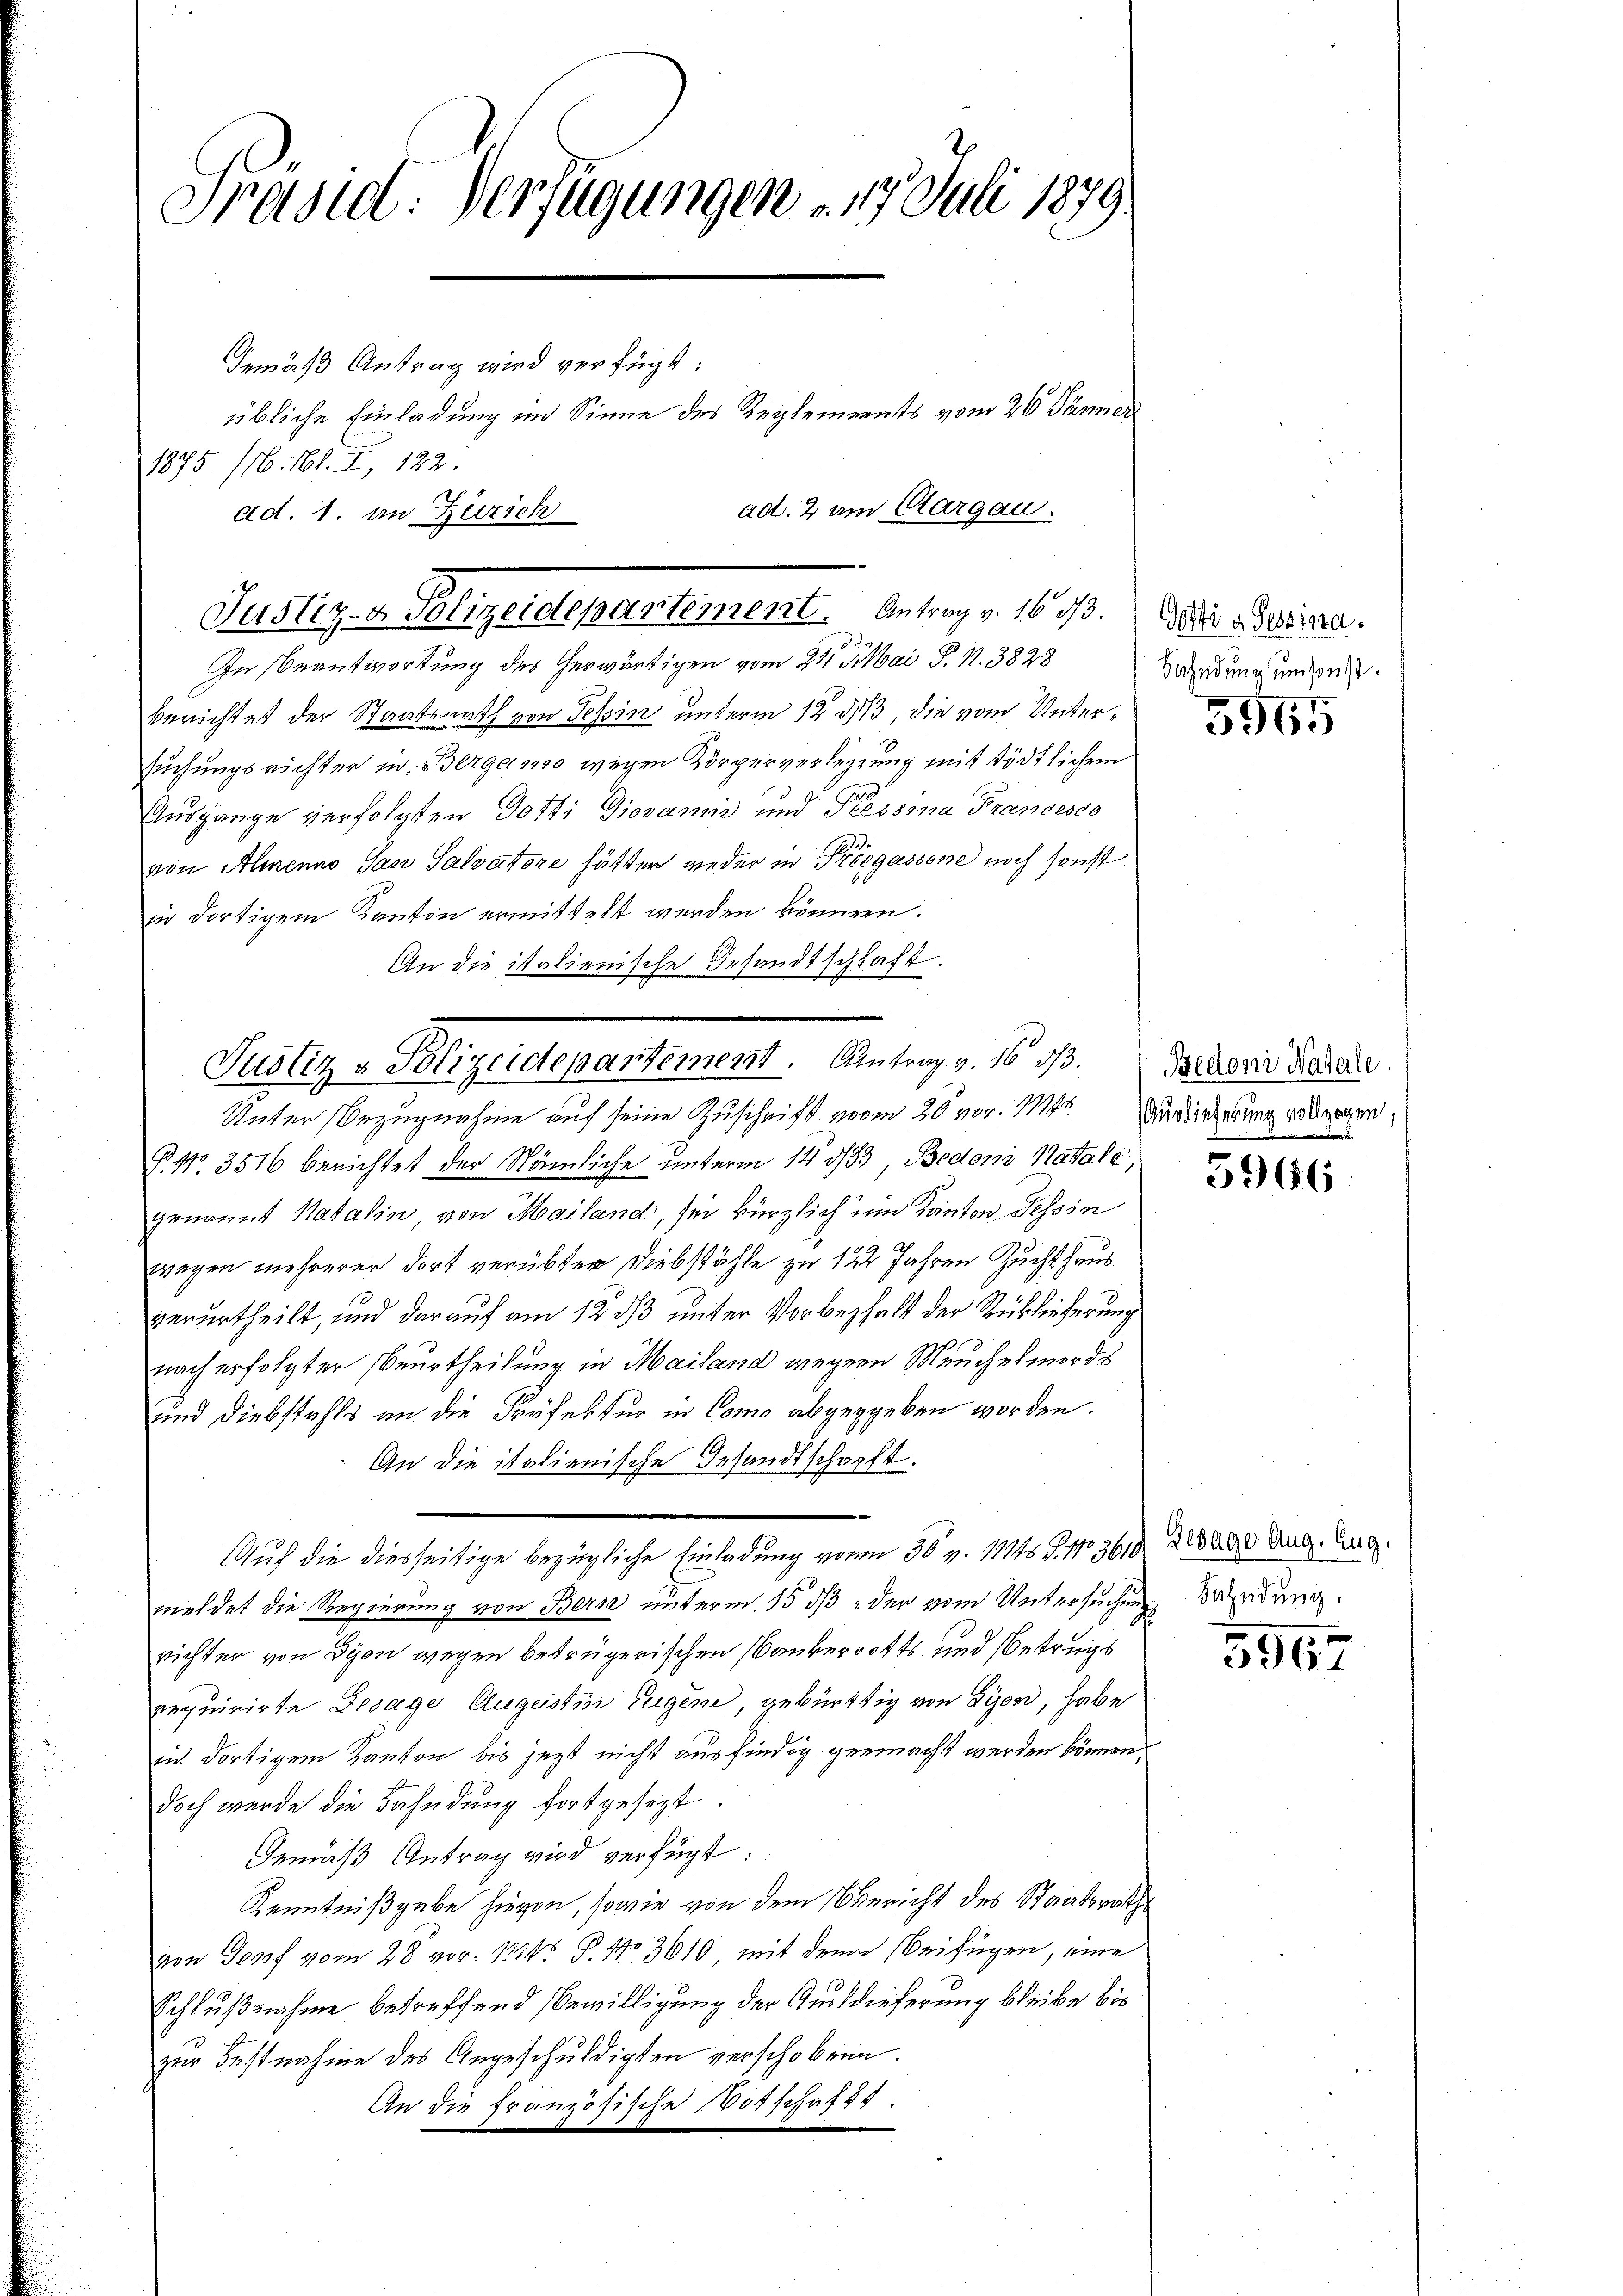
Präsid: Verfügungen – 17. Juli 1879.
Gemäss Antrag wird verfügt:
übliche Einladung im Sinne des Reglements vom 26. Jänner
1875 (16. 161. I, 122.
ad. 2 am Aargau.
ad. 1. an Zürich

berichtet der Staatsrath von Tessin unterm 12. 313, die vom Untersuchungsrichter in Bergamo wegen Körperverletzung mit tödtlichem
Ausgange verfolgten Dotti Giovanis und Plessma Francesco
von Almenno San Salvatore hätter wieder in Kriegassone noch sonst
in dortigem Kanton ermittelt werden können.
An die italienische Gesandtschaft.

Justiz v. Plizeidepartement. Antrag v. 16. 13.
In Beantwortung des Gerwärtigen vom 24. Mai P. N. 3828

Justiz & Polizeidepartement. Antrag v. 16 1/3.

Unter Bezugnahme auf seine Zuschrift vom 20 vor. Mts. Auslieferung dagegen
G. No. 3516 berichtet der Nämliche unterm 14. 433, Bedoni Natale,
genannt Katalin, von Mailand, sei kürzlich um Kanton Tessin
wegen mehrerer dort verübter Diebstähle zu 122 Jahren Zuchthaus
verurtheilt, und darauf am 12 ds unter Vorbehalt der Rücklieferung
nach erfolgter Beurtheilung in Mailand wegen Meuchelmords
und Diebstahls an die Präfektur in Como abgeggeben worden.
An die italienische Gesandtschafft.
meldet die Regierung von Bern unterm 15 dß der vom Untersuchung Wendung.
richter von Dyon wegen betrügerischen Paukerotts und Betrugs
requirirte Gesage Augustin Eugene, gebürtig von Syen, habe
in dortigem Kanton bis jezt nicht ausfindig gemacht werden können,
doch werde die Bahndŭng fortgesezt.
Gemäß Antrag wird verfügt:
Kenntnißgabe hievon, sowie von dem Gericht des Staatsraths
von Genf vom 28. vor. 123. P. No 3610 mit dem Beifügen, eine
Schlußnahme betreffend Bewilligung der Auslieferung bleibe bis
zur Festnahme des Angeschuldigten verschobene
An die französische Botschaft.

Auf die diesseitige bezügliche Einladung von 30 v. 11115 S. No 3610 der Ung. Ing.

Gotte a Sessina.
Bahndung umsonst.

5965

Bedoni Natale.

5966

5967